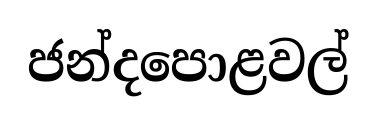
ජන්දපොළවල්